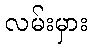
လမ်းမှား